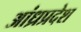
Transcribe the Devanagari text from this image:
अांध्रप्रदेश